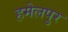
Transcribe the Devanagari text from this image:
हमेलपुर